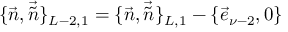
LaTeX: \{ \vec { n } , \vec { \tilde { n } } \} _ { L - 2 , 1 } = \{ \vec { n } , \vec { \tilde { n } } \} _ { L , 1 } - \{ \vec { e } _ { \nu - 2 } , 0 \}